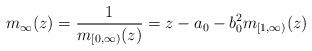
LaTeX: \begin{align*} m_\infty(z)=\frac1{m_{[0,\infty)}(z)}=z-a_0-b_0^2 m_{[1,\infty)}(z)\end{align*}